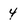
Character: 4